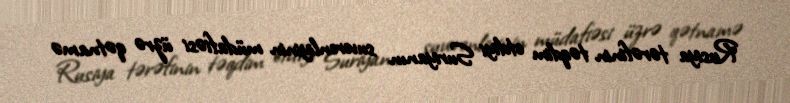
Rusiya tərəfinin təqdim etdiyi Suriyanın suverenliyinin müdafiəsi üzrə qətnamə